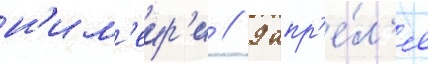
н'им'еир'и // 9 апр'е́л'я